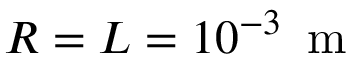
R = L = 1 0 ^ { - 3 } \, \mathrm { ~ m ~ }